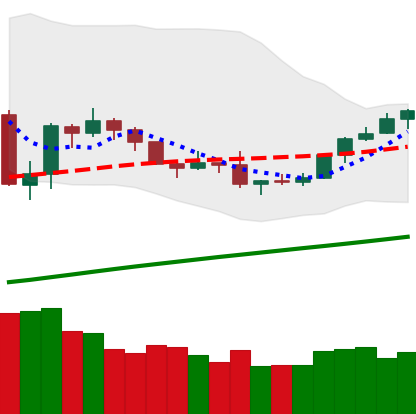
Ticker: BTC-USD
Chart end date: 2019-08-04
Forward return: 8.138%
Label: up_7plus